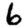
Digit: 6